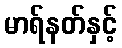
မာရ်နတ်နှင့်